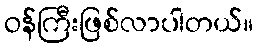
ဝန်ကြီးဖြစ်လာပါတယ်။